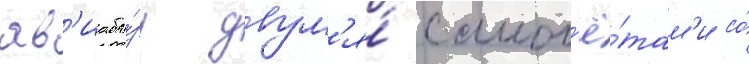
ав'иаба́зу двум'я́ самол'ё́там'и со́